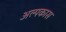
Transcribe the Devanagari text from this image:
अल्पकास